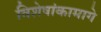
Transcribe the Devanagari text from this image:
विशेषांकामागे